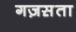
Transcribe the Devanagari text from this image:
गज़स़ता